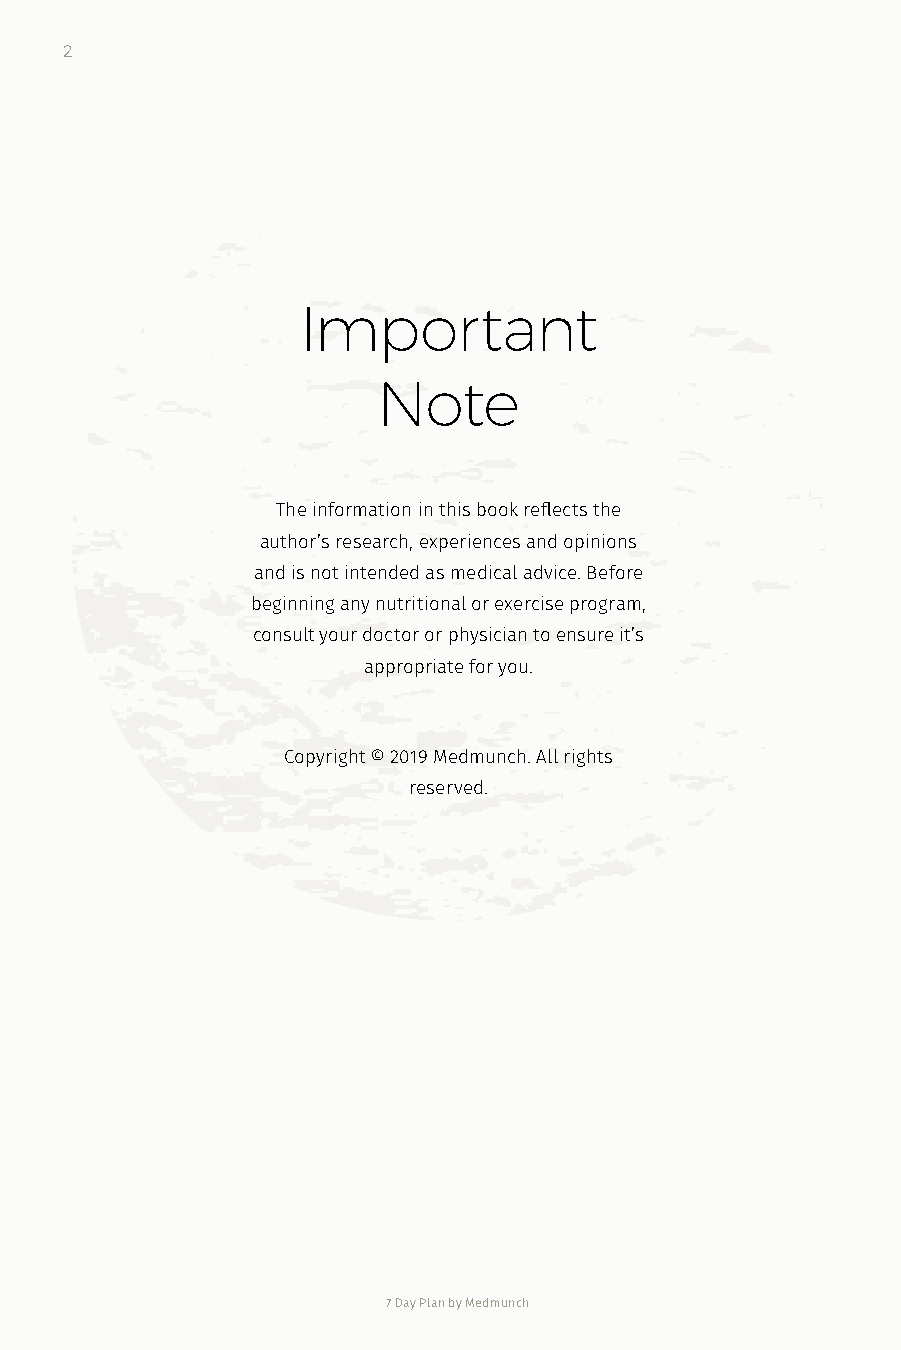
2
 Important
 Note
 The information in this book reflects the
 author’s research, experiences and opinions
 and is not intended as medical advice. Before
 beginning any nutritional or exercise program,
 consult your doctor or physician to ensure it’s
 appropriate for you.
 Copyright © 2019 Medmunch. All rights
 reserved.
 7 Day Plan by Medmunch